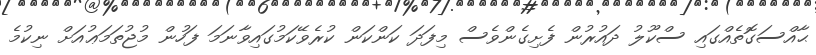
ޙާއްސަގޮތެއްގައި ސްކޫލު ދައުރުން ފެށިގެންވެސް މިފަދަ ކަންކަން ކުރެވޭކަމުގައިވާނަމަ ފަހުން މުޖުތަމަޢުއަށް ނިކުމެ